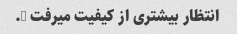
انتظار بیشتری از کیفیت میرفت ….